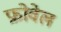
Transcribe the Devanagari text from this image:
फ्रोवेल